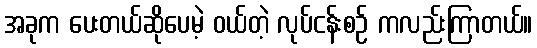
အခုက ပေးတယ်ဆိုပေမဲ့ ဝယ်တဲ့ လုပ်ငန်းစဉ် ကလည်းကြာတယ်။